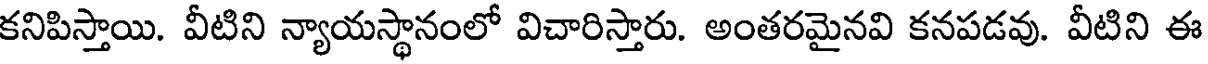
కనిపిస్తాయి. వీటిని న్యాయస్థానంలో విచారిస్తారు. అంతరమైనవి కనపడవు. వీటిని ఈ